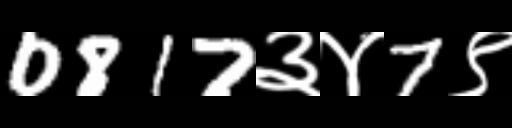
Text: 0817३४7९